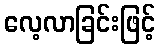
လေ့လာခြင်းဖြင့်